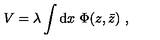
V = \lambda \int \mathrm { d } x \ \Phi ( z , { \bar { z } } ) \ ,